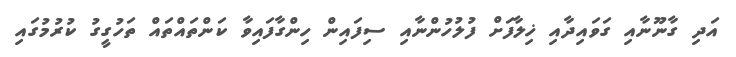
އަދި ގާނޫނާއި ގަވައިދާއި ޚިލާފަށް ފުލުހުންނާއި ސިފައިން ހިންގާފައިވާ ކަންތައްތައް ތަހުގީގު ކުރުމުގައި